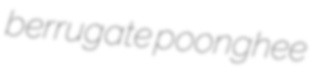
berrugate poonghee